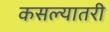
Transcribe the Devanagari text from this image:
कसल्यातरी